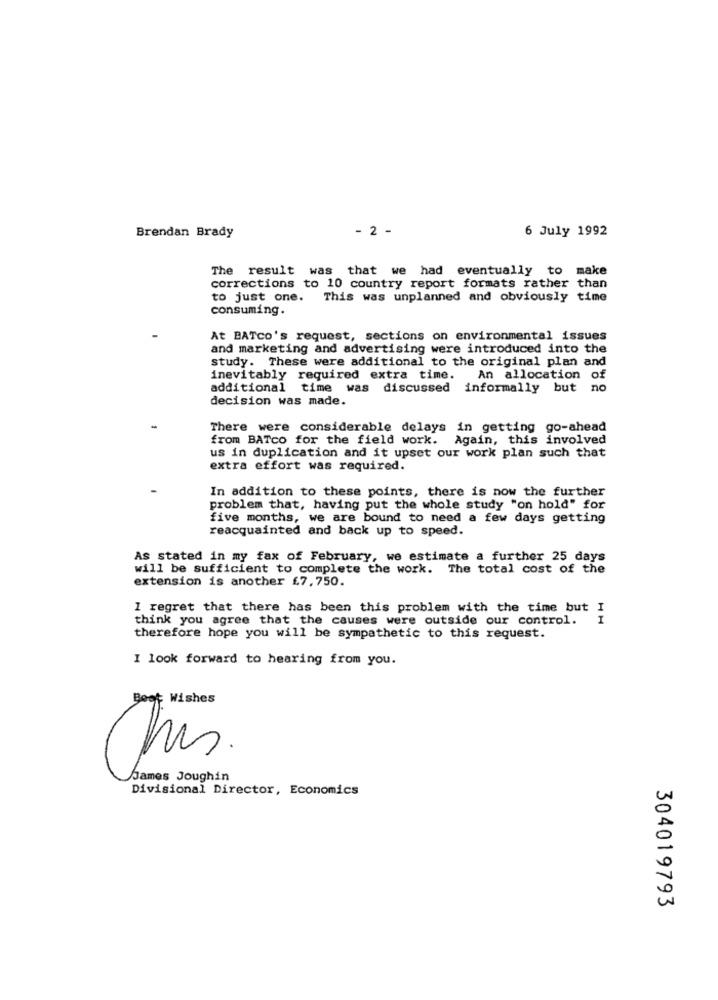
- 2 -
6 July 1992
Brendan Brady
The result was that we had eventually to make
corrections to 10 country report formats rather than
to just one. This was unplanned and obviously time
consuming.
At BATCO's request, sections on environmental issues
and marketing and advertising were introduced into the
study. These were additional to the original plan and
inevitably required extra time.
An allocation of
additional time was discussed informally but no
decision was made.
There were considerable delays in getting go-ahead
from BATco for the field work. Again, this involved
us in duplication and it upset our work plan such that
extra effort was required.
In addition to these points, there is now the further
problem that, having put the whole study "on hold" for
five months, we are bound to need a few days getting
reacquainted and back up to speed.
As stated in my fax of February, we estimate a further 25 days
will be sufficient to complete the work. The total cost of the
extension is another £7.750.
I regret that there has been this problem with the time but I
think you agree that the causes were outside our control.
I
therefore hope you will be sympathetic to this request.
I look forward to hearing from you.
Boot Wishes
James Joughin
Divisional Director, Economics
304019793